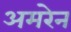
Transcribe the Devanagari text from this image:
अमरेन